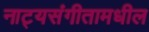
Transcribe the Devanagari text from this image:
नाट्यसंगीतामधील